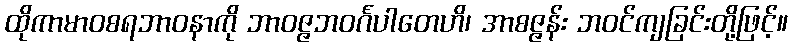
ထိုကာမာဝစရဘာဝနာကို ဘာဝဇ္ဇဘဝင်္ဂပါတေဟိ၊ အာစဇ္ဇန်း ဘဝင်ကျခြင်းတို့ဖြင့်။